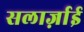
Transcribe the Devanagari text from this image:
सलार्ज़ाई